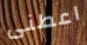
اعطنى